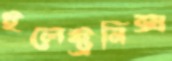
ইলেক্ট্রনিক্স